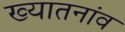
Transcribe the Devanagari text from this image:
ख्यातनांव